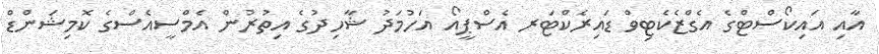
އާއި އައިކޯސްޓްގެ އެގްޒެކެޓިވް ޑައިރެކްޓަރ އެސްޕީއޯ އަހުމަދު ޝާހިދުގެ އިތުރުން އެމްސީއެސްގެ ކޮމިޝަންޑް